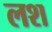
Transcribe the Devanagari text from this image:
लश